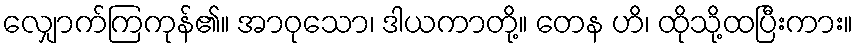
လျှောက်ကြကုန်၏။ အာဝုသော၊ ဒါယကာတို့။ တေန ဟိ၊ ထိုသို့ထပြီးကား။